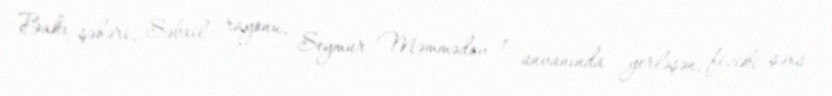
Bakı şəhəri, Səbail rayonu, Seymur Məmmədov 1 ünvanında yerləşən, fiziki şəxs